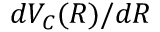
d V _ { C } ( R ) / d R